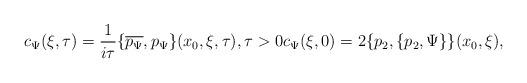
LaTeX: \begin{align*}c_{\Psi}(\xi,\tau)=\frac{1}{i\tau}\{\overline{p_{\Psi}},p_{\Psi}\}(x_0,\xi,\tau), \tau >0 c_{\Psi}(\xi,0)= 2\{p_2,\{p_2 ,\Psi\}\}(x_0, \xi) , \end{align*}